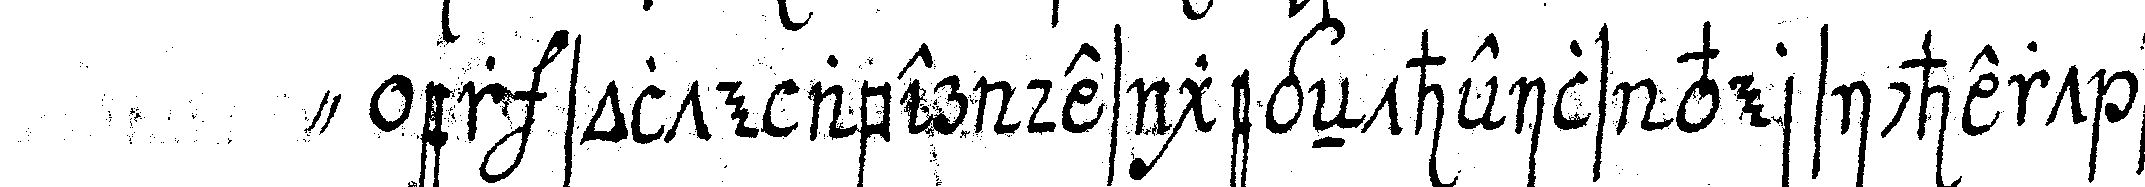
" er solte aber des gegeNtheils versichert seyn